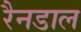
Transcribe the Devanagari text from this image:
रैनडाल